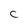
Character: c